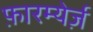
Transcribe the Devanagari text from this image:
फ़ारम्येर्ज़